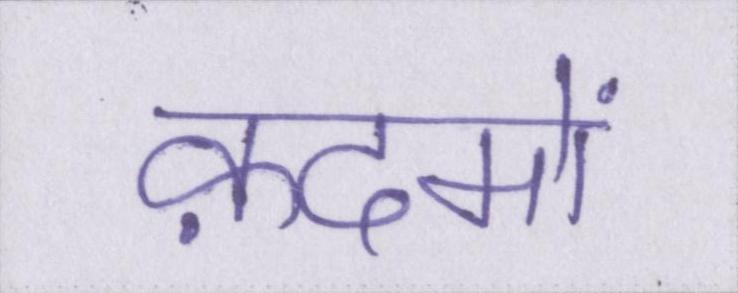
क़दमों